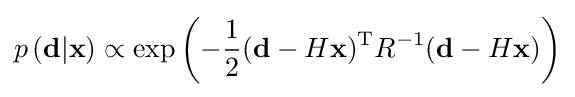
p\left(\mathbf {d} |\mathbf {x} \right)\propto \exp \left(-{\frac {1}{2}}(\mathbf {d} -H\mathbf {x} )^{\mathrm {T} }R^{-1}(\mathbf {d} -H\mathbf {x} )\right)